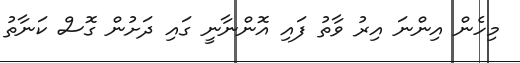
މިހެން އިންނަ އިރު ވާތު ފައި އޮންނާނީ ގައި ދަށުން ގޮސް ކަނާތު